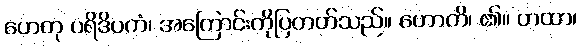
ဟေတု ပရိဒိပကံ၊ အကြောင်းကိုပြတတ်သည်။ ဟောတိ၊ ၏။ တထာ၊